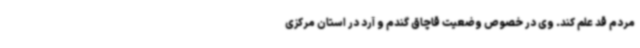
مردم قد علم کند. وی در خصوص وضعیت قاچاق گندم و آرد در استان مرکزی